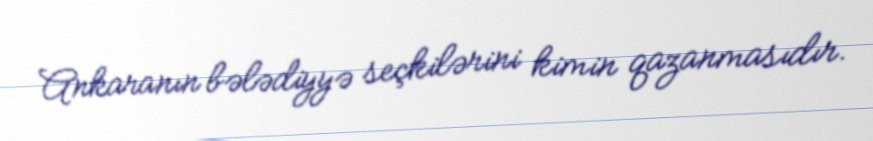
Ankaranın bələdiyyə seçkilərini kimin qazanmasıdır.